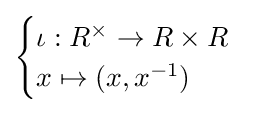
{\begin{cases}\iota :R^{\times }\to R\times R\\x\mapsto (x,x^{-1})\end{cases}}